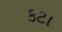
કટા